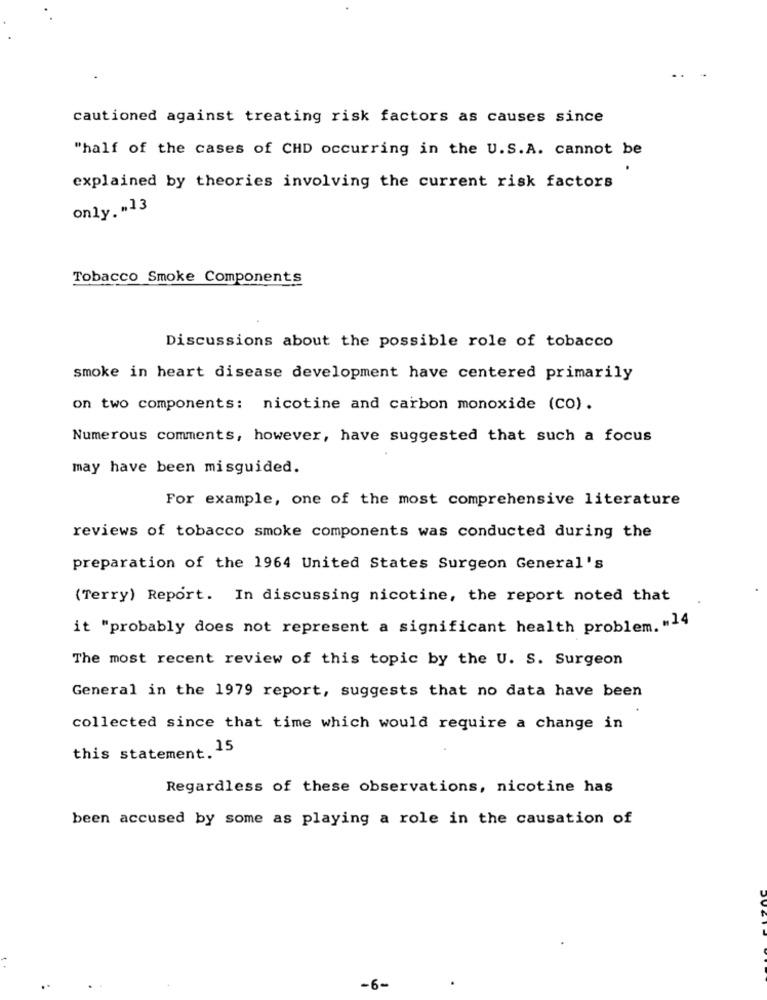
cautioned against treating risk factors as causes since
"half of the cases of CHD occurring in the U.S.A. cannot be
explained by theories involving the current risk factors
only. "13
Tobacco Smoke Components
Discussions about the possible role of tobacco
smoke in heart disease development have centered primarily
on two components: nicotine and carbon monoxide (CO).
Numerous comments, however, have suggested that such a focus
may have been misguided.
For example, one of the most comprehensive literature
reviews of tobacco smoke components was conducted during the
preparation of the 1964 United States Surgeon General's
(Terry) Report. In discussing nicotine, the report noted that
it "probably does not represent a significant health problem. "14
The most recent review of this topic by the U. S. Surgeon
General in the 1979 report, suggests that no data have been
collected since that time which would require a change in
this statement. 15
Regardless of these observations, nicotine has
been accused by some as playing a role in the causation of
-6-